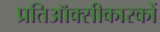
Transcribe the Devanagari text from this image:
प्रतिऑक्सीकारकों